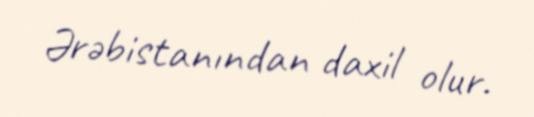
Ərəbistanından daxil olur.